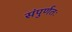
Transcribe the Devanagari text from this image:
संपुर्णतः